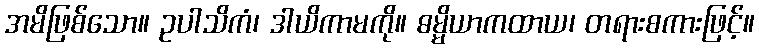
အမိဖြစ်သော။ ဥပါသိကံ၊ ဒါယိကာမကို။ ဓမ္မိယာကထာယ၊ တရားစကားဖြင့်။